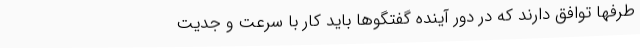
طرفها توافق دارند که در دور آینده گفتگوها باید کار با سرعت و جدیت